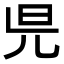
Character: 𣅏